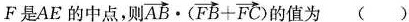
F是AE的中点，则 $$\overrightarrow { A B } \times ( \overrightarrow { F B } +